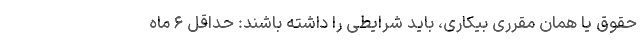
حقوق یا همان مقرری بیکاری، باید شرایطی را داشته باشند: حداقل ۶ ماه